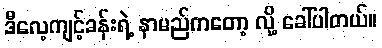
ဒီလေ့ကျင့်ခန်းရဲ့ နာမည်ကတော့ လို့ ခေါ်ပါတယ်။